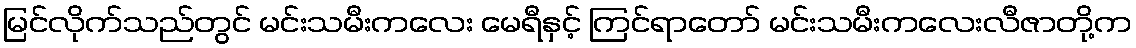
မြင်လိုက်သည်တွင် မင်းသမီးကလေး မေရီနှင့် ကြင်ရာတော် မင်းသမီးကလေးလီဇာတို့က